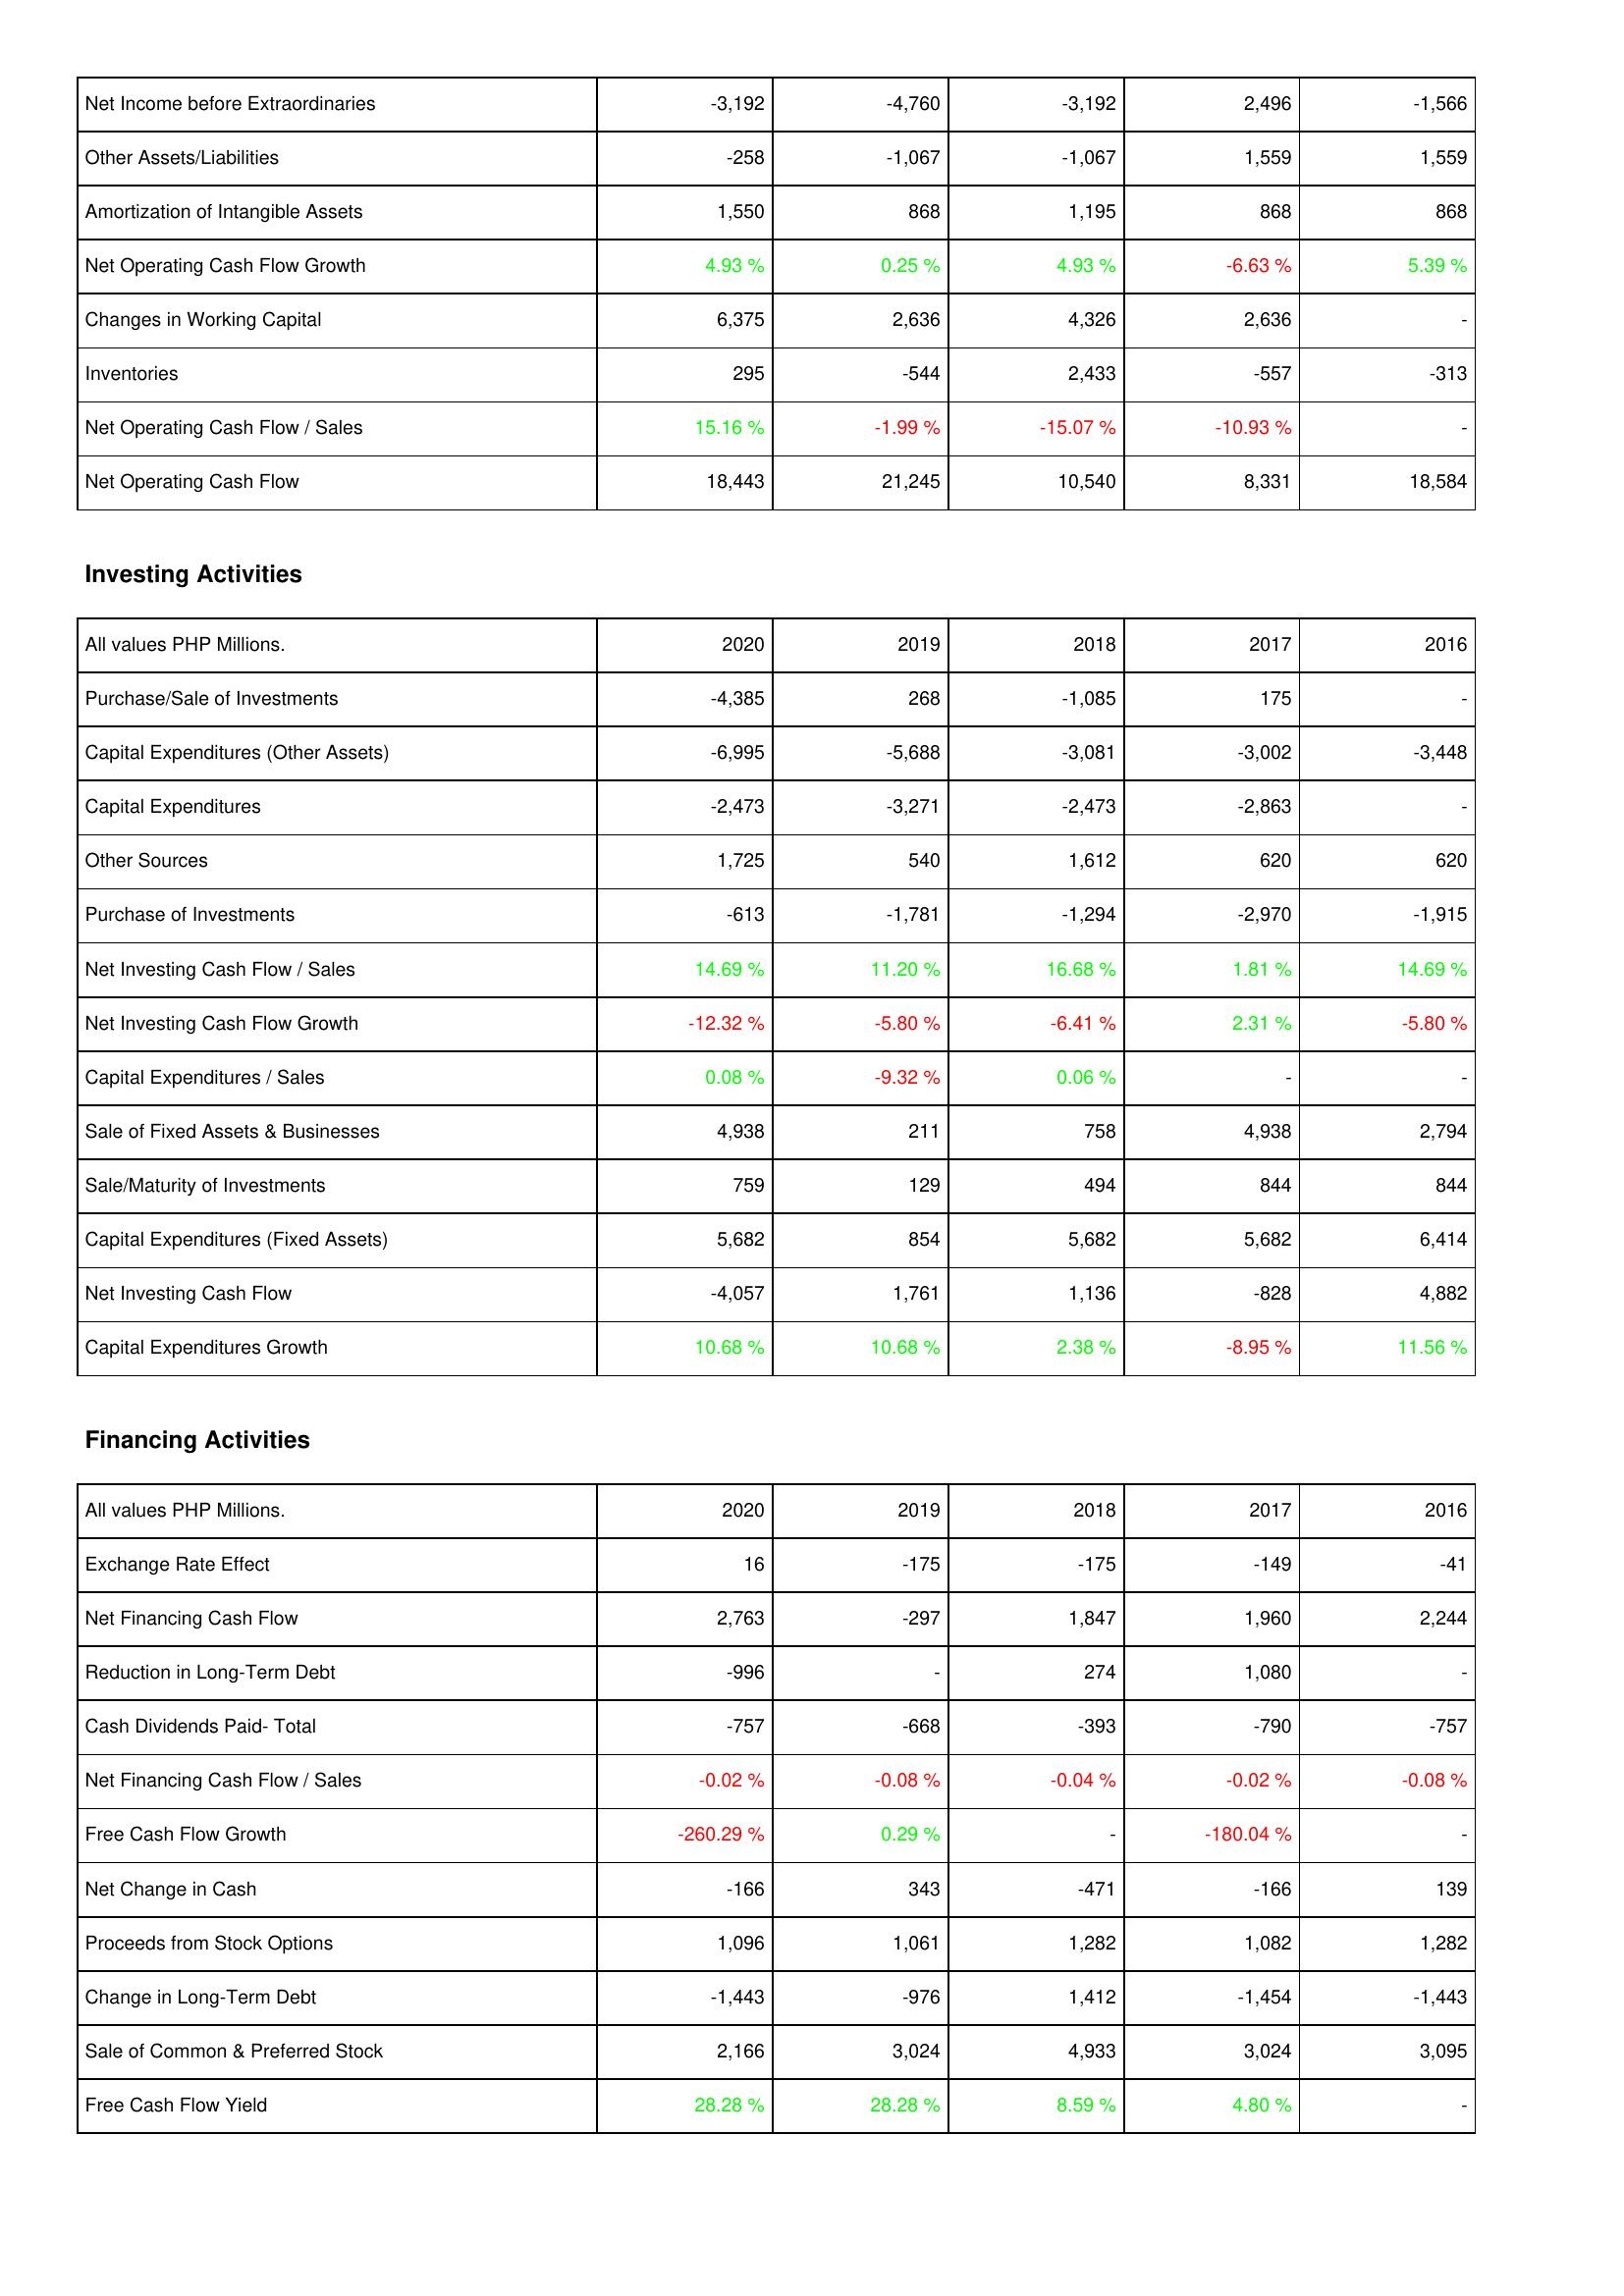
2020: Operating Activities: Net Income before Extraordinaries: -3,192
Other Assets/Liabilities: -258
Amortization of Intangible Assets: 1,550
Net Operating Cash Flow Growth: 4.93 %
Changes in Working Capital: 6,375
Inventories: 295
Net Operating Cash Flow / Sales: 15.16 %
Net Operating Cash Flow: 18,443
Investing Activities: Purchase/Sale of Investments: -4,385
Capital Expenditures (Other Assets): -6,995
Capital Expenditures: -2,473
Other Sources: 1,725
Purchase of Investments: -613
Net Investing Cash Flow / Sales: 14.69 %
Net Investing Cash Flow Growth: -12.32 %
Capital Expenditures / Sales: 0.08 %
Sale of Fixed Assets & Businesses: 4,938
Sale/Maturity of Investments: 759
Capital Expenditures (Fixed Assets): 5,682
Net Investing Cash Flow: -4,057
Capital Expenditures Growth: 10.68 %
Financing Activities: Exchange Rate Effect: 16
Net Financing Cash Flow: 2,763
Reduction in Long-Term Debt: -996
Cash Dividends Paid- Total: -757
Net Financing Cash Flow / Sales: -0.02 %
Free Cash Flow Growth: -260.29 %
Net Change in Cash: -166
Proceeds from Stock Options: 1,096
Change in Long-Term Debt: -1,443
Sale of Common & Preferred Stock: 2,166
Free Cash Flow Yield: 28.28 %
2019: Operating Activities: Net Income before Extraordinaries: -4,760
Other Assets/Liabilities: -1,067
Amortization of Intangible Assets: 868
Net Operating Cash Flow Growth: 0.25 %
Changes in Working Capital: 2,636
Inventories: -544
Net Operating Cash Flow / Sales: -1.99 %
Net Operating Cash Flow: 21,245
Investing Activities: Purchase/Sale of Investments: 268
Capital Expenditures (Other Assets): -5,688
Capital Expenditures: -3,271
Other Sources: 540
Purchase of Investments: -1,781
Net Investing Cash Flow / Sales: 11.20 %
Net Investing Cash Flow Growth: -5.80 %
Capital Expenditures / Sales: -9.32 %
Sale of Fixed Assets & Businesses: 211
Sale/Maturity of Investments: 129
Capital Expenditures (Fixed Assets): 854
Net Investing Cash Flow: 1,761
Capital Expenditures Growth: 10.68 %
Financing Activities: Exchange Rate Effect: -175
Net Financing Cash Flow: -297
Reduction in Long-Term Debt: -
Cash Dividends Paid- Total: -668
Net Financing Cash Flow / Sales: -0.08 %
Free Cash Flow Growth: 0.29 %
Net Change in Cash: 343
Proceeds from Stock Options: 1,061
Change in Long-Term Debt: -976
Sale of Common & Preferred Stock: 3,024
Free Cash Flow Yield: 28.28 %
2018: Operating Activities: Net Income before Extraordinaries: -3,192
Other Assets/Liabilities: -1,067
Amortization of Intangible Assets: 1,195
Net Operating Cash Flow Growth: 4.93 %
Changes in Working Capital: 4,326
Inventories: 2,433
Net Operating Cash Flow / Sales: -15.07 %
Net Operating Cash Flow: 10,540
Investing Activities: Purchase/Sale of Investments: -1,085
Capital Expenditures (Other Assets): -3,081
Capital Expenditures: -2,473
Other Sources: 1,612
Purchase of Investments: -1,294
Net Investing Cash Flow / Sales: 16.68 %
Net Investing Cash Flow Growth: -6.41 %
Capital Expenditures / Sales: 0.06 %
Sale of Fixed Assets & Businesses: 758
Sale/Maturity of Investments: 494
Capital Expenditures (Fixed Assets): 5,682
Net Investing Cash Flow: 1,136
Capital Expenditures Growth: 2.38 %
Financing Activities: Exchange Rate Effect: -175
Net Financing Cash Flow: 1,847
Reduction in Long-Term Debt: 274
Cash Dividends Paid- Total: -393
Net Financing Cash Flow / Sales: -0.04 %
Free Cash Flow Growth: -
Net Change in Cash: -471
Proceeds from Stock Options: 1,282
Change in Long-Term Debt: 1,412
Sale of Common & Preferred Stock: 4,933
Free Cash Flow Yield: 8.59 %
2017: Operating Activities: Net Income before Extraordinaries: 2,496
Other Assets/Liabilities: 1,559
Amortization of Intangible Assets: 868
Net Operating Cash Flow Growth: -6.63 %
Changes in Working Capital: 2,636
Inventories: -557
Net Operating Cash Flow / Sales: -10.93 %
Net Operating Cash Flow: 8,331
Investing Activities: Purchase/Sale of Investments: 175
Capital Expenditures (Other Assets): -3,002
Capital Expenditures: -2,863
Other Sources: 620
Purchase of Investments: -2,970
Net Investing Cash Flow / Sales: 1.81 %
Net Investing Cash Flow Growth: 2.31 %
Capital Expenditures / Sales: -
Sale of Fixed Assets & Businesses: 4,938
Sale/Maturity of Investments: 844
Capital Expenditures (Fixed Assets): 5,682
Net Investing Cash Flow: -828
Capital Expenditures Growth: -8.95 %
Financing Activities: Exchange Rate Effect: -149
Net Financing Cash Flow: 1,960
Reduction in Long-Term Debt: 1,080
Cash Dividends Paid- Total: -790
Net Financing Cash Flow / Sales: -0.02 %
Free Cash Flow Growth: -180.04 %
Net Change in Cash: -166
Proceeds from Stock Options: 1,082
Change in Long-Term Debt: -1,454
Sale of Common & Preferred Stock: 3,024
Free Cash Flow Yield: 4.80 %
2016: Operating Activities: Net Income before Extraordinaries: -1,566
Other Assets/Liabilities: 1,559
Amortization of Intangible Assets: 868
Net Operating Cash Flow Growth: 5.39 %
Changes in Working Capital: -
Inventories: -313
Net Operating Cash Flow / Sales: -
Net Operating Cash Flow: 18,584
Investing Activities: Purchase/Sale of Investments: -
Capital Expenditures (Other Assets): -3,448
Capital Expenditures: -
Other Sources: 620
Purchase of Investments: -1,915
Net Investing Cash Flow / Sales: 14.69 %
Net Investing Cash Flow Growth: -5.80 %
Capital Expenditures / Sales: -
Sale of Fixed Assets & Businesses: 2,794
Sale/Maturity of Investments: 844
Capital Expenditures (Fixed Assets): 6,414
Net Investing Cash Flow: 4,882
Capital Expenditures Growth: 11.56 %
Financing Activities: Exchange Rate Effect: -41
Net Financing Cash Flow: 2,244
Reduction in Long-Term Debt: -
Cash Dividends Paid- Total: -757
Net Financing Cash Flow / Sales: -0.08 %
Free Cash Flow Growth: -
Net Change in Cash: 139
Proceeds from Stock Options: 1,282
Change in Long-Term Debt: -1,443
Sale of Common & Preferred Stock: 3,095
Free Cash Flow Yield: -